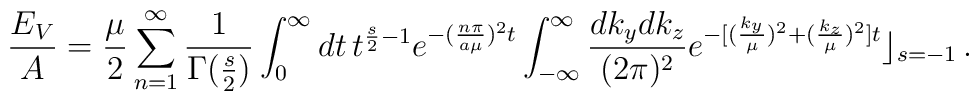
\frac{E_V}{A}=\frac{\mu}{2}\sum_{n=1}^{\infty}\frac{1}{\Gamma(\frac{s}{2})}\int_{0}^{\infty}dt \,t^{\frac{s}{2}-1}e^{-(\frac{n\pi}{a\mu})^2t}\int_{-\infty}^{\infty} \frac{dk_ydk_z}{(2\pi)^2}e^{-[(\frac{k_y}{\mu})^2+(\frac{k_z}{\mu})^2]t}\rfloor_{s=-1}\,.